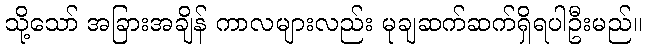
သို့သော် အခြားအချိန် ကာလများလည်း မုချဆက်ဆက်ရှိရပါဦးမည်။